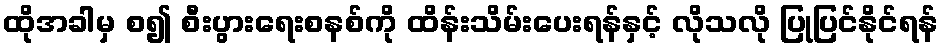
ထိုအခါမှ စ၍ စီးပွားရေးစနစ်ကို ထိန်းသိမ်းပေးရန်နှင့် လိုသလို ပြုပြင်နိုင်ရန်